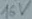
Text: 16V